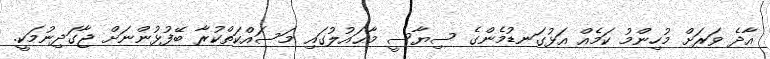
އާދެ ވަރަށް މުހިންމު ކަމެއް އަޅުގަނޑުމެންގެ ސިޔާސީ މާޙައުލުގައި މަސައްކަތްކުރާ ބޭފުޅުންނަށް ޖާގަދިނުމަކީ.